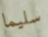
سليما